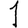
Digit: 1